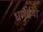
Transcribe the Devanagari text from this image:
धर्मग्रंथो